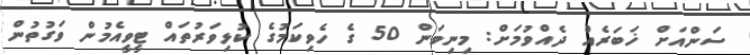
ސަންއަށް ޚަބަރެއް ދެއްވުމަށް: މިނިވަން 50 ގެ ހެވިކަމުގެ ކުޅިވަރުތައް ޓީވީއެމުން ވަގުތުން